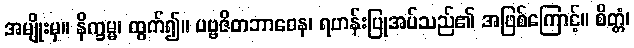
အမျိုးမှ။ နိက္ခမ္မ၊ ထွက်၍။ ပဗ္ဗဇိတဘာဝေန၊ ရဟန်းပြုအပ်သည်၏ အဖြစ်ကြောင့်။ စိတ္တံ၊